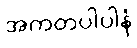
အကတပါပါနံ